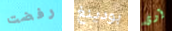
رفضت بودينغ آوى